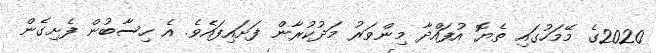
2020ގެ މޭމަހުގައި ތެޔޮ އުފައްދާ މިންވަރު މަދުކުރާން ފަށައިފައެވެ. އެ ހިސާބުން ފެށިގެން